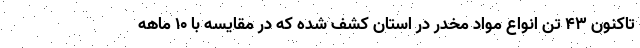
تاکنون ۴۳ تن انواع مواد مخدر در استان کشف شده که در مقایسه با ۱۰ ماهه